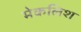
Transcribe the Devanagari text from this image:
मेकलिश